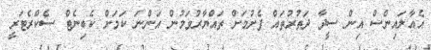
އެއާލައިންސް އިން ސީދާ ދަތުރުތައް ފެށުމަށް ތައްޔާރުވަމުން އަންނަ ކަމަށް ކެބިނެޓް ސެކްރެޓަރީ